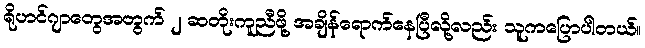
ရိုဟင်ဂျာတွေအတွက် ၂ ဆတိုးကူညီဖို့ အချိန်ရောက်နေပြီလို့လည်း သူကပြောပါတယ်။